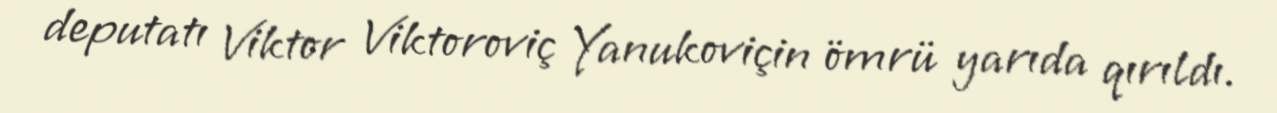
deputatı Viktor Viktoroviç Yanukoviçin ömrü yarıda qırıldı.